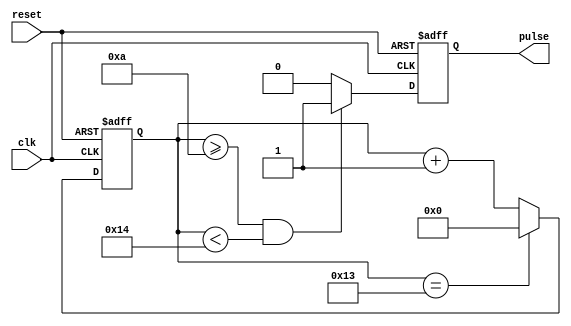
module SyncPulseGenerator (
  input wire clk,
  input wire reset,
  output reg pulse
);

// Parameters for pulse phase and duration
parameter PULSE_WIDTH = 10;
parameter PULSE_PERIOD = 20;

// Internal counter for pulse generation
reg [31:0] counter;

// Synchronous logic for pulse generation
always @(posedge clk or posedge reset) begin
  if (reset) begin
    counter <= 0;
    pulse <= 0;
  end else begin
    if (counter >= PULSE_WIDTH && counter < PULSE_PERIOD) begin
      pulse <= 1;
    end else begin
      pulse <= 0;
    end
  
    if (counter == PULSE_PERIOD - 1) begin
      counter <= 0;
    end else begin
      counter <= counter + 1;
    end
  end
end

endmodule